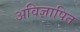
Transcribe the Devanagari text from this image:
अविज्ञापित